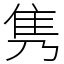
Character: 隽